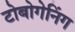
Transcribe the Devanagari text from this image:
टोबोगेनिंग